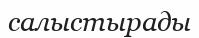
салыстырады